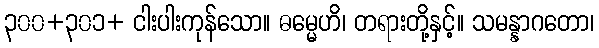
၃၀၀+၃၀၁+ ငါးပါးကုန်သော။ ဓမ္မေဟိ၊ တရားတို့နှင့်။ သမန္နာဂတော၊